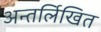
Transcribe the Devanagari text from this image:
अन्तर्लिखित